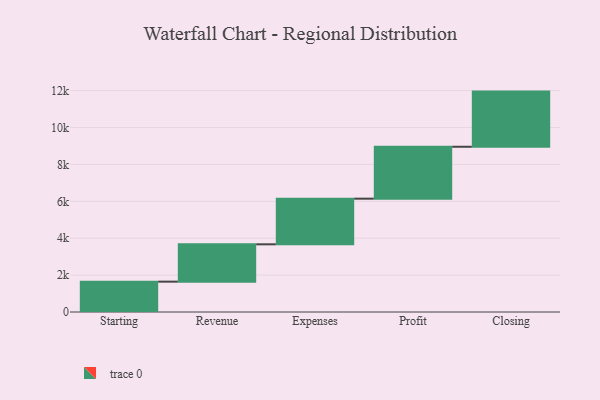
{"axis": {"x": "Step", "y": "Value"}, "legend": [""], "data": [{"x": "Starting", "y": 1645.0, "type": ""}, {"x": "Revenue", "y": 2024.0, "type": ""}, {"x": "Expenses", "y": 2474.0, "type": ""}, {"x": "Profit", "y": 2814.0, "type": ""}, {"x": "Closing", "y": 2990.0, "type": ""}]}